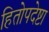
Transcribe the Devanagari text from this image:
हितोपदेष्टा